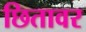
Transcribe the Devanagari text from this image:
छितावर